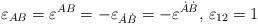
LaTeX: \begin{align*}\varepsilon_{AB}=\varepsilon^{AB}=-\varepsilon_{\dot A \dot B}=-\varepsilon^{\dot A \dot B}, \, \varepsilon_{12}=1\end{align*}